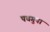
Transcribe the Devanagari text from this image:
पचगुना